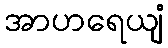
အာဟရေယျံ